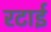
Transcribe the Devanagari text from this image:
रटाई